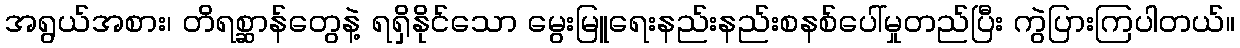
အရွယ်အစား၊ တိရစ္ဆာန်တွေနဲ့ ရရှိနိုင်သော မွေးမြူရေးနည်းနည်းစနစ်ပေါ်မှုတည်ပြီး ကွဲပြားကြပါတယ်။